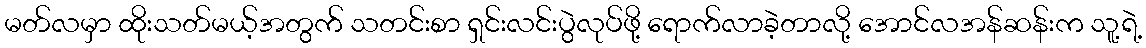
မတ်လမှာ ထိုးသတ်မယ့်အတွက် သတင်းစာ ရှင်းလင်းပွဲလုပ်ဖို့ ရောက်လာခဲ့တာလို့ အောင်လအန်ဆန်းက သူ့ရဲ့